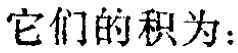
它们的积为：